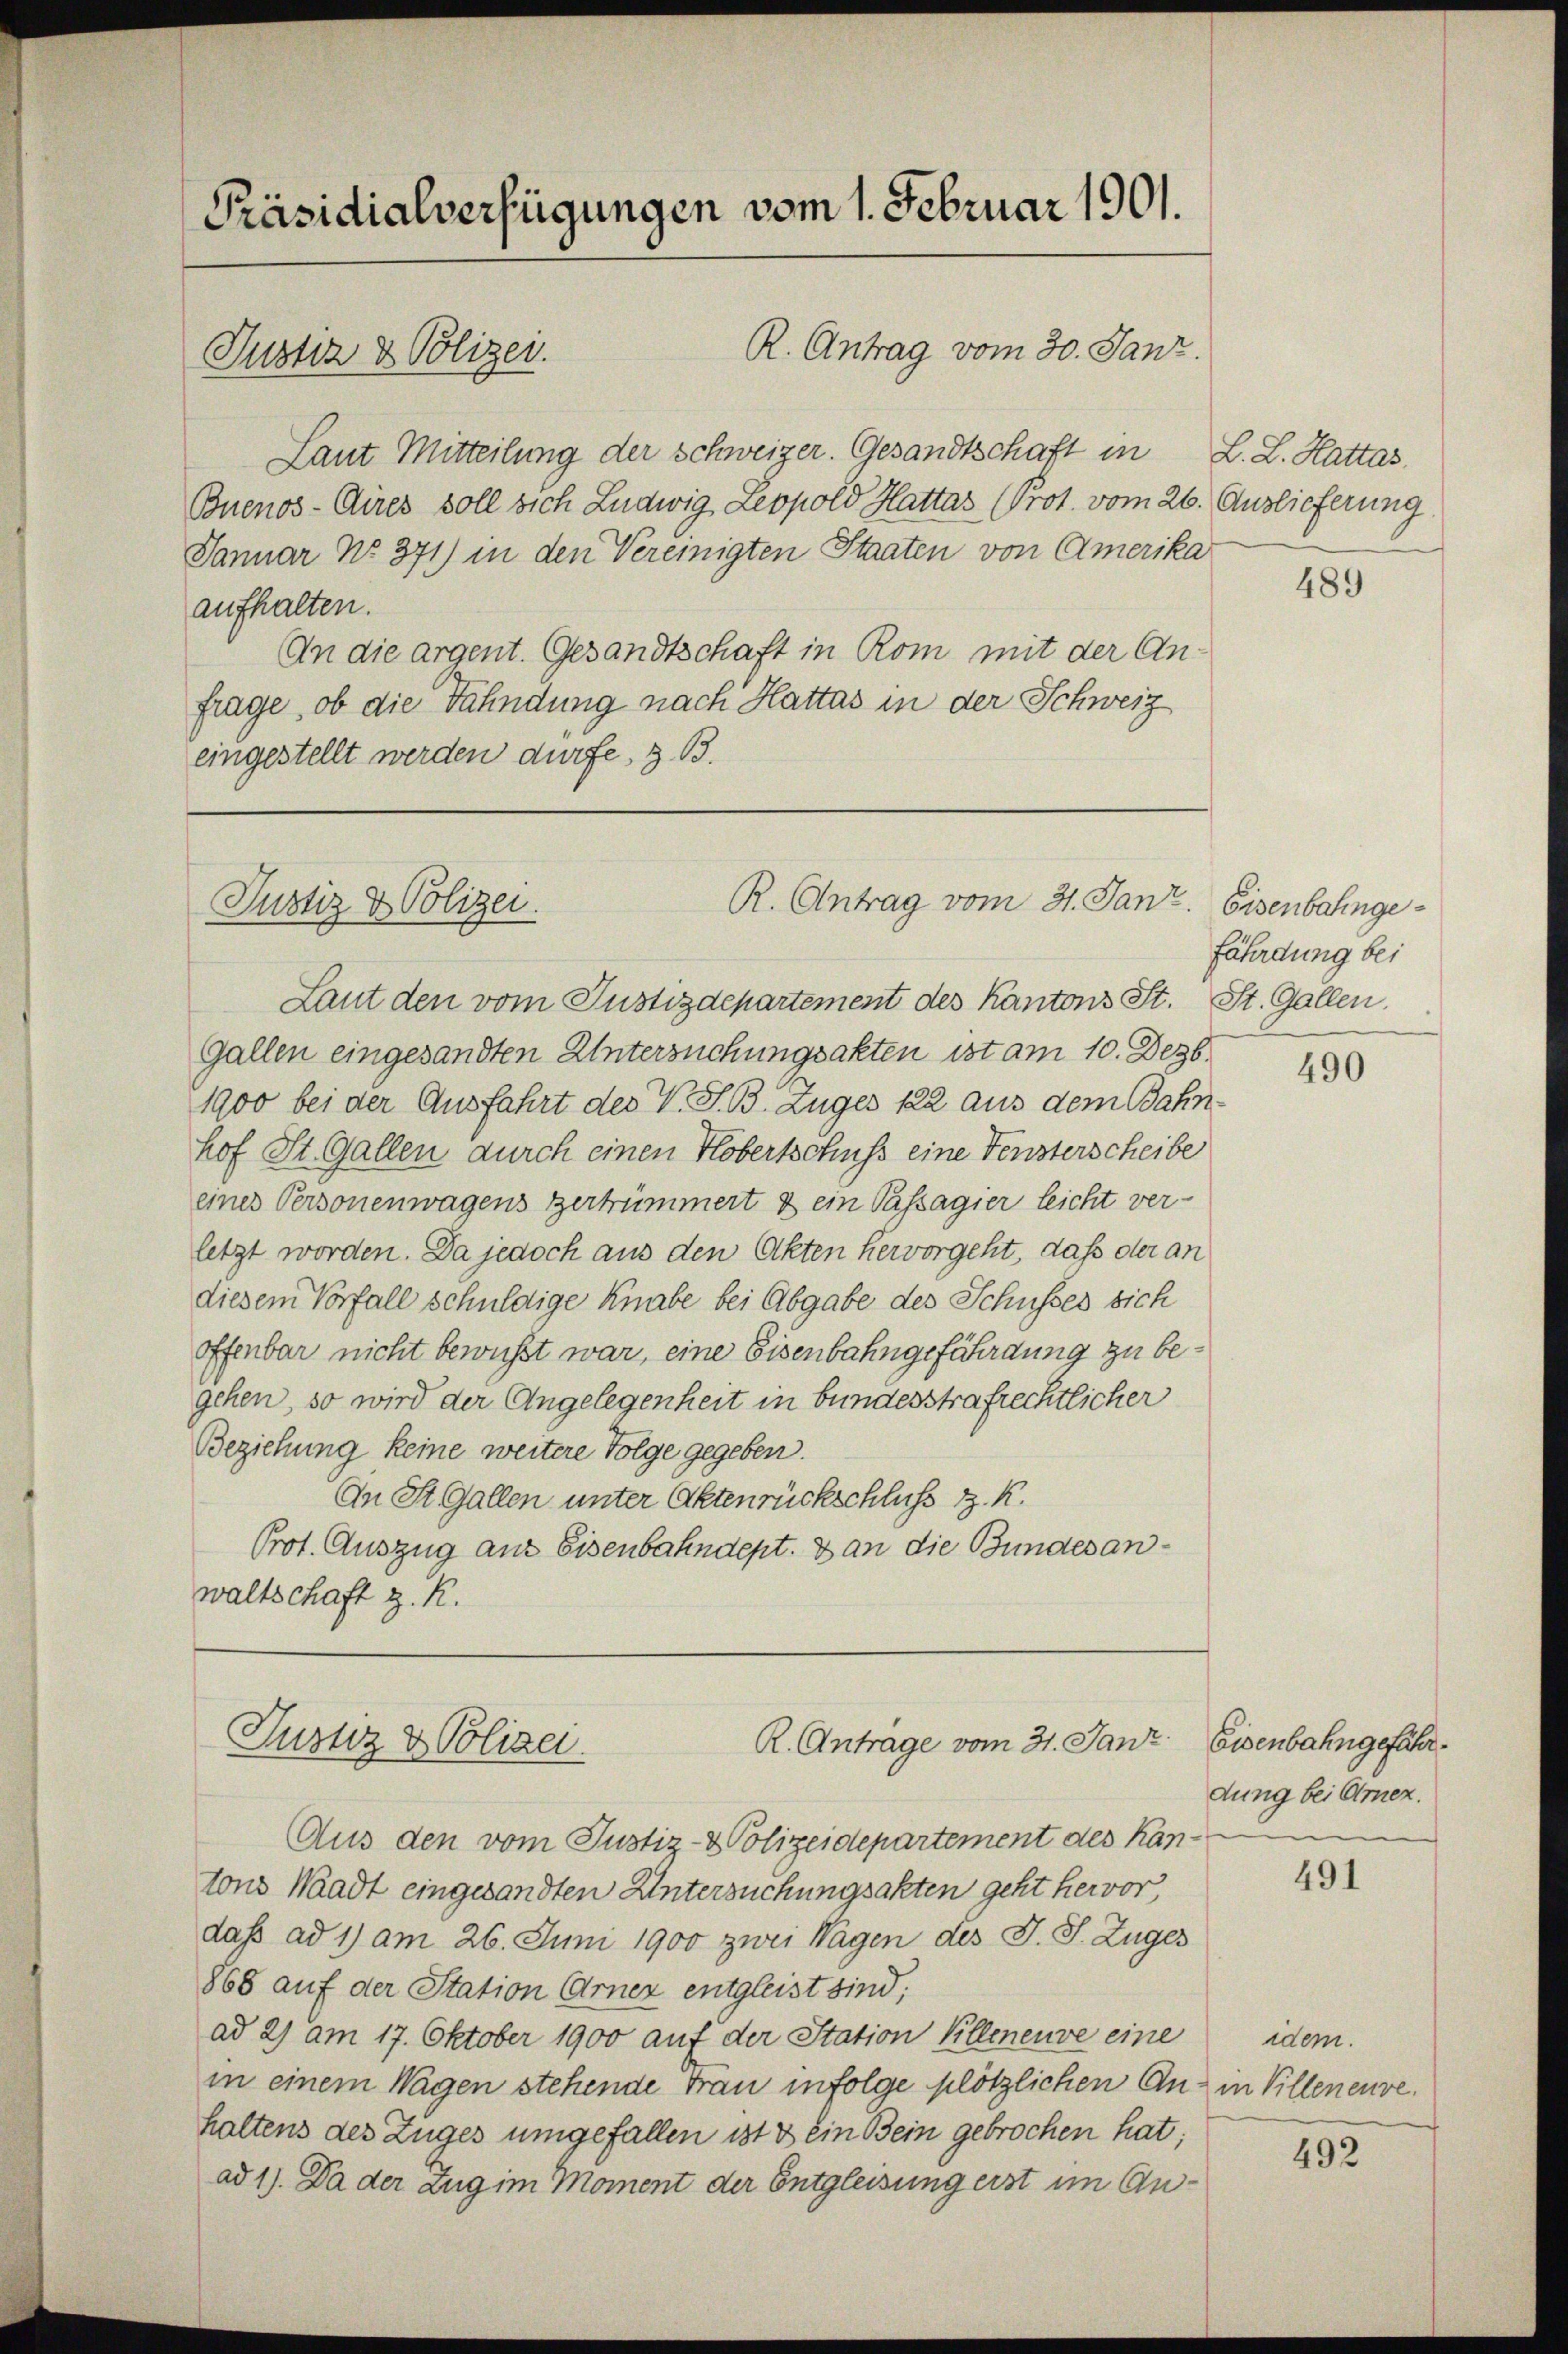
Präsidialverfügungen vom 1. Februar 1901.
R. Antrag vom 30. Janz.
Justiz & Polizei.

R. Antrag vom 31. Janz. Eisenbahnge¬
Justiz & Polizei.

Justiz & Polizei.
R. Anträge vom 31. Janz

Laut den vom Justizdepartement des Kantons St. St. Gallen,
Gallen eingesandten Untersuchungsakten ist am 10. Dezb
1900 bei der Ausfahrt des V. S. B. Zuges 122 aus dem Bahnhof St. Gallen durch einen Kobertschuß eine Fensterscheibe
eines Personenwagens zertrümmert & ein Passagier leicht ver-
letzt worden. Da jedoch aus den Akten hervorgeht, daß der an
diesem Vorfall schuldige Knabe bei Abgabe des Schusses sich
offenbar nicht bewusst war, eine Eisenbahngefährdung zu begehen, so wird der Angelegenheit in bundesstrafrechtlicher
Beziehung keine weitere Folge gegeben.
An St. Gallen unter Aktenrückschluss z. K.
Prot. Auszug aus Eisenbahndept. 8 an die Bundesanwaltschaft z. R.

Laut Mitteilung der Schweizer. Gesandtschaft in L. L. Hattas.
Buenos-Cires soll sich Ludwig Leopold Hattas (Prot. vom 26. Auslieferung
Januar No 371) in den Vereinigten Staaten von Amerika
aufhalten.
An die argent. Gesandtschaft in Rom mit der An-
frage, ob die Fähndung nach Hattas in der Schweiz
eingestellt werden dürfe, z. B.

Aus den vom Justiz- & Polizeidepartement des Kantons Waadt eingesandten Untersuchungsakten geht hervor
daß ad 1) am 26. Juni 1900 zwei Wagen des J. J. Zuges
868 auf der Station Arnez entgleist sind;
ad 2) am 17. Oktober 1900 auf der Station Kelleneuve eine
in einem Wagen stehende Frau infolge plötzlichen Anhaltens des Zuges umgefallen ist & ein Bein gebrochen hat;
ad 1). Da der Zug im Moment der Entgleisung erst im An¬

489

fährdung bei

490

Eisenbahngefährdung bei Arnez.

491

idem.
in Villeneuve

492